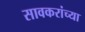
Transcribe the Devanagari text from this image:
सावकरांच्या